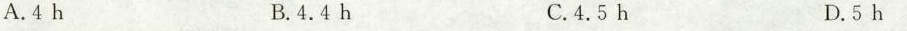
A.4 h B.4.4 h C.4.5 h D.5 h